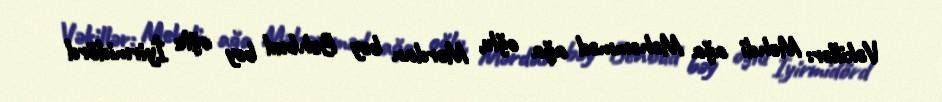
Vəkillər: Mehdi ağa Məhəmməd ağa oğlu, Mərdan bəy Behbud bəy oğlu İyirmidörd